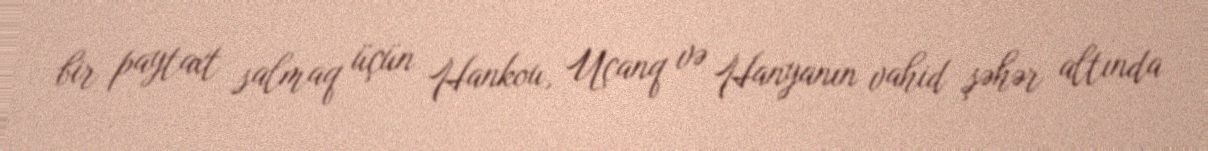
bir paytaxt salmaq üçün Hankou, Uçanq və Hanyanın vahid şəhər altında